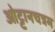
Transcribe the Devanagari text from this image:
ओट्टानचत्रम